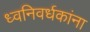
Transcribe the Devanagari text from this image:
ध्वनिवर्धकांना